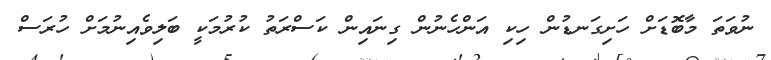
ނުވަތަ މާބޮޑަށް ހަށިގަނޑުން ހިކި އަންހެނުން ގިނައިން ކަސްރަތު ކުރުމަކީ ބަލިވެއިނުމަށް ހުރަސް